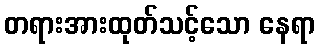
တရားအားထုတ်သင့်သော နေရာ